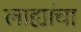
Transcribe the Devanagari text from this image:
लाह्यांचा